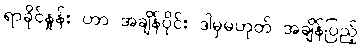
ရာခိုင်နှုန်း ဟာ အချိန်ပိုင်း ဒါမှမဟုတ် အချိန်ပြည့်